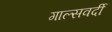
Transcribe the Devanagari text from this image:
गाल्‍सवर्दी